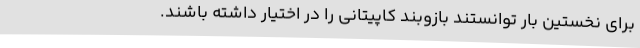
برای نخستین بار توانستند بازوبند کاپیتانی را در اختیار داشته باشند.